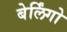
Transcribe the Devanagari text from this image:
बेर्लिंगो